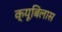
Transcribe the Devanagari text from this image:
क्यूबिलास